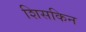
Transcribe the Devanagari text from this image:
शिसकिन